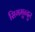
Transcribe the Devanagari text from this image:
सिगमुन्दुर